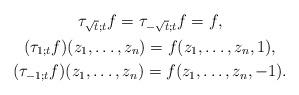
LaTeX: \begin{gather*}\tau_{\sqrt{t};t}f= \tau_{-\sqrt{t};t}f=f, \\(\tau_{1;t}f)(z_1,\dots,z_n)=f(z_1,\dots,z_n,1), \\(\tau_{-1;t}f)(z_1,\dots,z_n)=f(z_1,\dots,z_n,-1).\end{gather*}